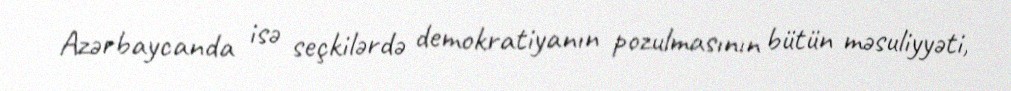
Azərbaycanda isə seçkilərdə demokratiyanın pozulmasının bütün məsuliyyəti,